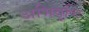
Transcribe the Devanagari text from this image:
अभिवृष्टि